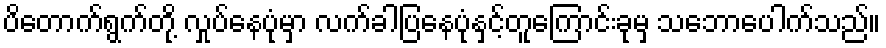
ပိတောက်ရွက်တို့ လှုပ်နေပုံမှာ လက်ခါပြနေပုံနှင့်တူကြောင်းခုမှ သဘောပေါက်သည်။